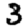
Digit: 3